Reports on dispensaries and lunatic asylums in the Province of Oudh - 1869-1876
Year: 1869
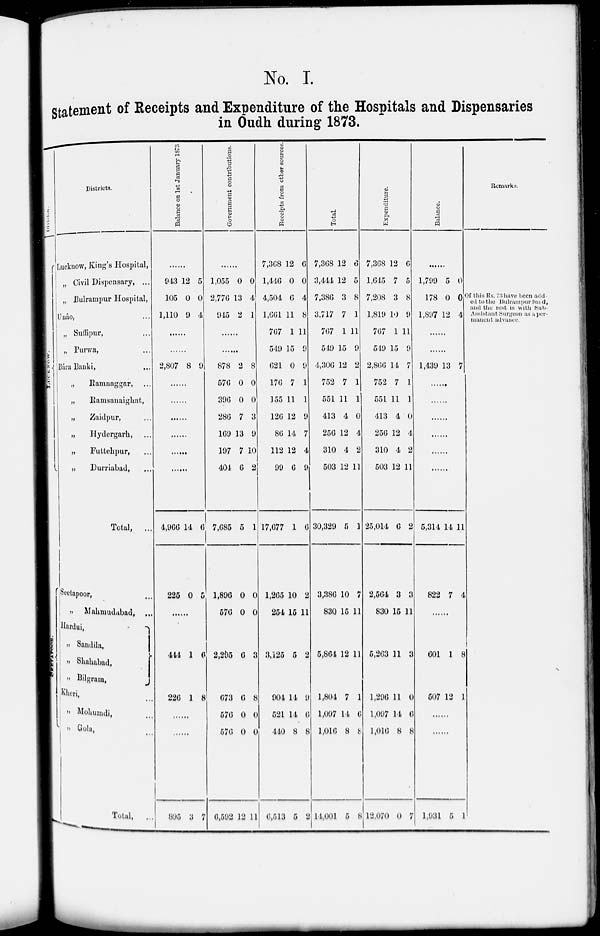
No. I.
Statement of Receipts and Expenditure of the Hospitals and Dispensaries
in Oudh during 1873.
Division.
LUCKNOW.
Districts.
Lucknow, King's Hospital,
„ Civil Dispensary, ...
„ Bulrampur Hospital,
Uuáo , ...
„ Suffipur, ...
„ Purwa, ...
Bára Banki , ...
„
Ramnaggar, ...
„ Ramsanaighat , ...
„
Zaidpur, ...
„
Hydergarh, ...
„
Futtehpur, ...
„
Durriabad, ...
Total,
...
Seetapoor, ...
„
Mahmudabad , ...
Hurdui ,
„ Sandila,
„ Shahabad,
„
Bilgram,
Kheri , ...
" Mohumdi, ...
'' Gola, ...
Total, ...
Balance on 1st January 1873
........
943
105
1,110
12
0
9
5
0
4
.......
.......
2,807 8 9
.......
.......
.......
.......
.......
.......
4,966
225
444
226
14
0
1
1
6
5
6
8
.......
.......
895 3 7
Government contributions.
........
1,055
2,776
945
0
13
2
0
4
1
.......
........
878
576
396
286
169
197
404
7,685
1,896
576
2,295
673
576
576
6,592
2
0
0
7
13
7
6
5
0
0
6
6
0
0
12
8
0
0
3
9
10
2
1
0
0
3
8
0
0
11
Receipts from other sources
7,368
1,446
4,504
1,661
767
549
621
176
155
126
86
112
99
17,677
1,265
254
3,125
904
521
440
6,513
12
0
6
11
1
15
0
7
11
12
14
12
6
1
10
6
0
4
8
11
9
9
1
1
9
7
4
9
6
2
15 11
5
14
14
8
5
2
9
6
8
2
Total.
7,368
3,444
7,386
3,717
767
549
4,306
752
551
413
256
310
503
30,329
3,386
830
5,864
1,804
1,097
1,016
14,001
12
12
3
7
1
15
12
7
11
4
12
4
12
5
10
15
12
7
14
8
5
6
5
8
1
11
9
2
1
1
0
4
2
11
1
7
11
11
1
6
8
8
Expenditure.
7,368
1,645
7,208
1,819
767
549
2,866
752
551
413
256
310
503
25,014
2,564
830
5,263
1,296
1,097
1,016
12,070
12
7
3
10
1
15
14
7
11
4
12
4
12
6
3
15
11
11
14
8
0
6
5
8
9
11
9
7
1
1
0
4
2
11
2
3
11
3
0
6
8
7
Balance.
..........
1,799
178
1,897
5
0
12
0
0
4
.......
........
1,439 13 7
........
........
........
........
........
........
5,314
822
14
7
11
4
........
601
507
1
12
8
1
........
........
1,931 5 1
Remarks.
Of this Rs. 73 have been add
ed to the Bulrampur fund,
and the rest is with Sub-
Assistant Surgeon as a per-
manent advance.